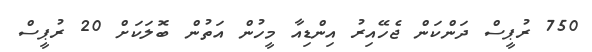
750 ރުޕީސް ދަންކަން ޖެހޭއިރު އިންޑިއާ މީހުން އަތުން ބޮލަކަށް 20 ރުޕީސް